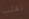
تقلب